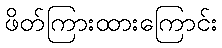
ဖိတ်ကြားထားကြောင်း